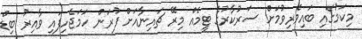
މިކަމުގައި ބައިވެރިވުމަށް ސަރުކާރުގެ ޓީމެއް މިރޭ ޗައިނާއަށް ފުރަން ހަމަޖެހިފައި ވާއިރު ބިޑް